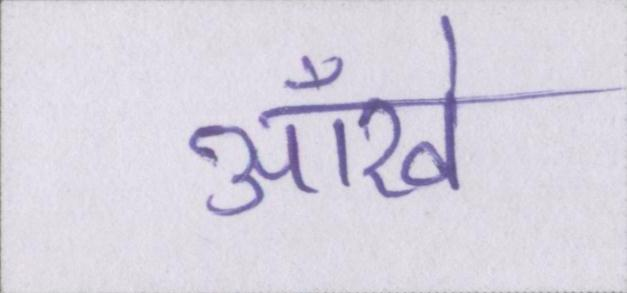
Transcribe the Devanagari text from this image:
आँखे